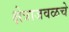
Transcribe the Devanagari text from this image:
क्षेत्राजवळचे